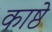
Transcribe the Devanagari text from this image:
काष्ठे